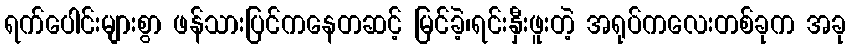
ရက်ပေါင်းများစွာ ဖန်သားပြင်ကနေတဆင့် မြင်ခဲ့၊ရင်းနှီးဖူးတဲ့ အရုပ်ကလေးတစ်ခုက အခု